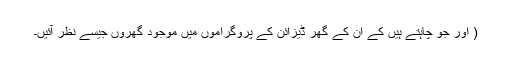
( اور جو چاہتے ہیں کے ان کے گھر ڈیزائن کے پروگراموں میں موجود گھروں جیسے نظر آئیں۔